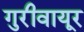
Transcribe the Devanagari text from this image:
गुरीवायूर